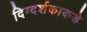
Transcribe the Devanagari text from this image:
दिग्दर्शकाकडे